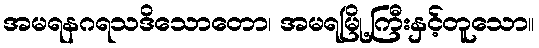
အမရနဂရသဒိသောတော၊ အမရမြို့ကြီးနှင့်တူသော။